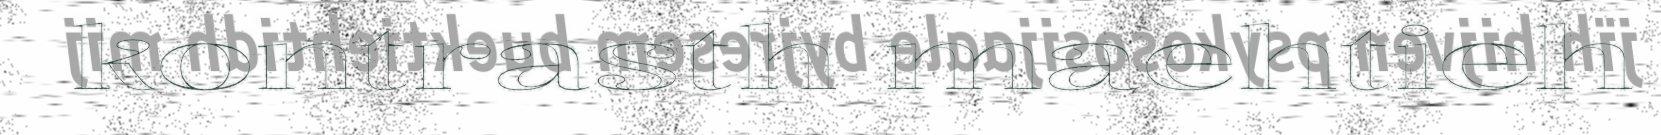
kontrasth maehtieh